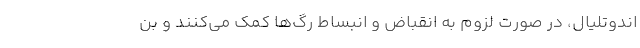
اندوتلیال، در صورت لزوم به انقباض و انبساط رگ‌ها کمک می‌کنند و بن